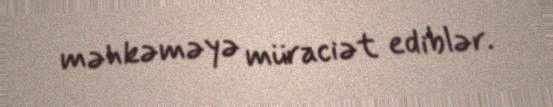
məhkəməyə müraciət ediblər.